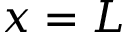
x = L